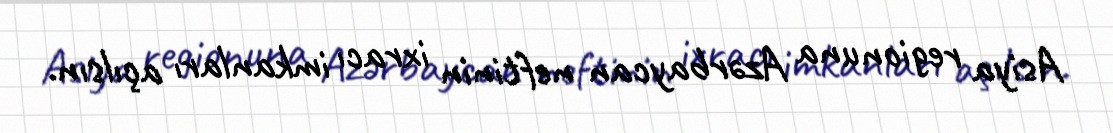
Asiya regionuna Azərbaycan neftinin ixracı imkanları açılsın.